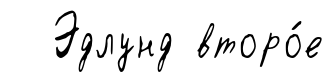
Эдлунд второ́е